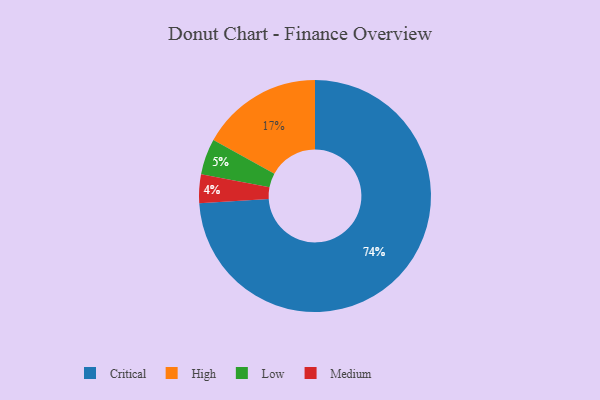
{"axis": {"x": "Category", "y": "Percentage"}, "legend": ["Critical", "High", "Low", "Medium"], "data": [{"x": "Critical", "y": 74, "type": "Critical"}, {"x": "High", "y": 17, "type": "High"}, {"x": "Low", "y": 5, "type": "Low"}, {"x": "Medium", "y": 4, "type": "Medium"}]}